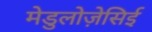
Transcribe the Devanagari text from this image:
मेडुलोज़ेसिई